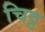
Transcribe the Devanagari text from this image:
चिट्ट